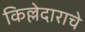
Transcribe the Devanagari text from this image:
किल्लेदाराचे